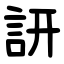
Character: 訮